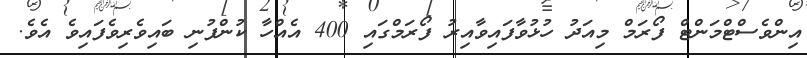
އިންވެސްޓްމަންޓް ފޯރަމް މިއަދު ހުޅުވާފައިވާއިރު ފޯރަމްގައި 400 އެއްހާ ކުންފުނި ބައިވެރިވެފައިވެ އެވެ.